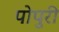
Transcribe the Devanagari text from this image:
पोपुरी